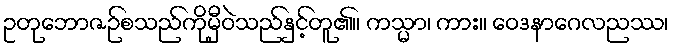
ဥတုဘောဇဉ်စသည်ကိုမှီဝဲသည်နှင့်တူ၏။ ကသ္မာ၊ ကား။ ဝေဒနာဂေလညဿ၊